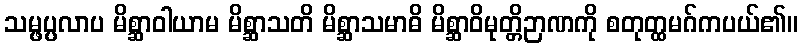
သမ္ဖပ္ပလာပ မိစ္ဆာဝါယာမ မိစ္ဆာသတိ မိစ္ဆာသမာဓိ မိစ္ဆာဝိမုတ္တိဉာဏကို စတုတ္ထမဂ်ကပယ်၏။